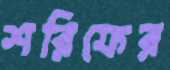
শরিফের